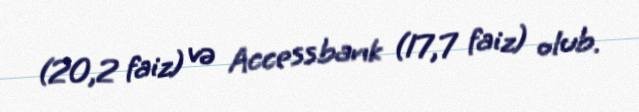
(20,2 faiz) və Accessbank (17,7 faiz) olub.